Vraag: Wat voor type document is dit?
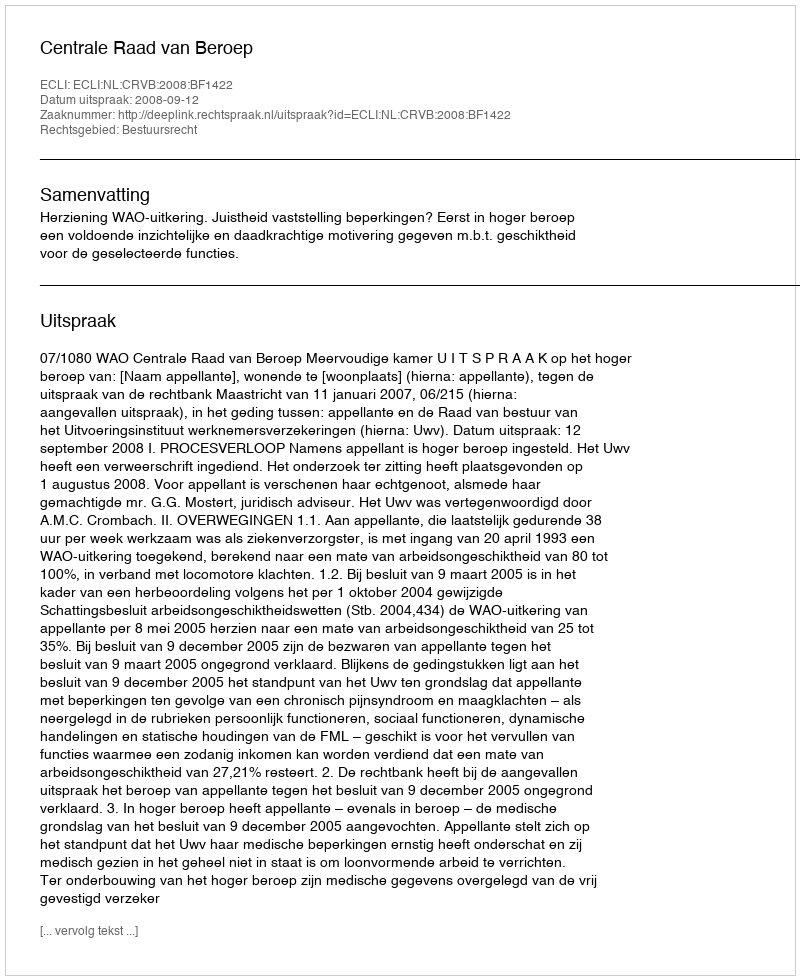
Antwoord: Uitspraak